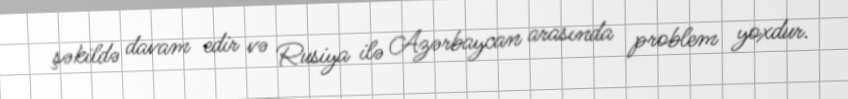
şəkildə davam edir və Rusiya ilə Azərbaycan arasında problem yoxdur.